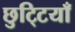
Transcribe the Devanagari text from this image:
छुटि्टयाँ